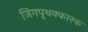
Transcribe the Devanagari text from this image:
जिगपृथक्कारक